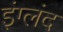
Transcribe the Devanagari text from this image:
इंग्लंद